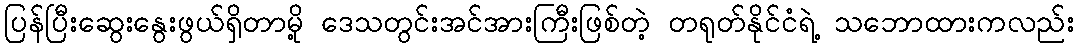
ပြန်ပြီးဆွေးနွေးဖွယ်ရှိတာမို့ ဒေသတွင်းအင်အားကြီးဖြစ်တဲ့ တရုတ်နိုင်ငံရဲ့ သဘောထားကလည်း